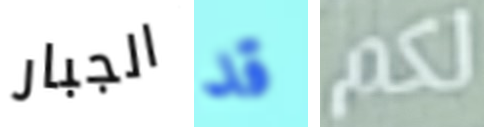
الجبار قد لكم